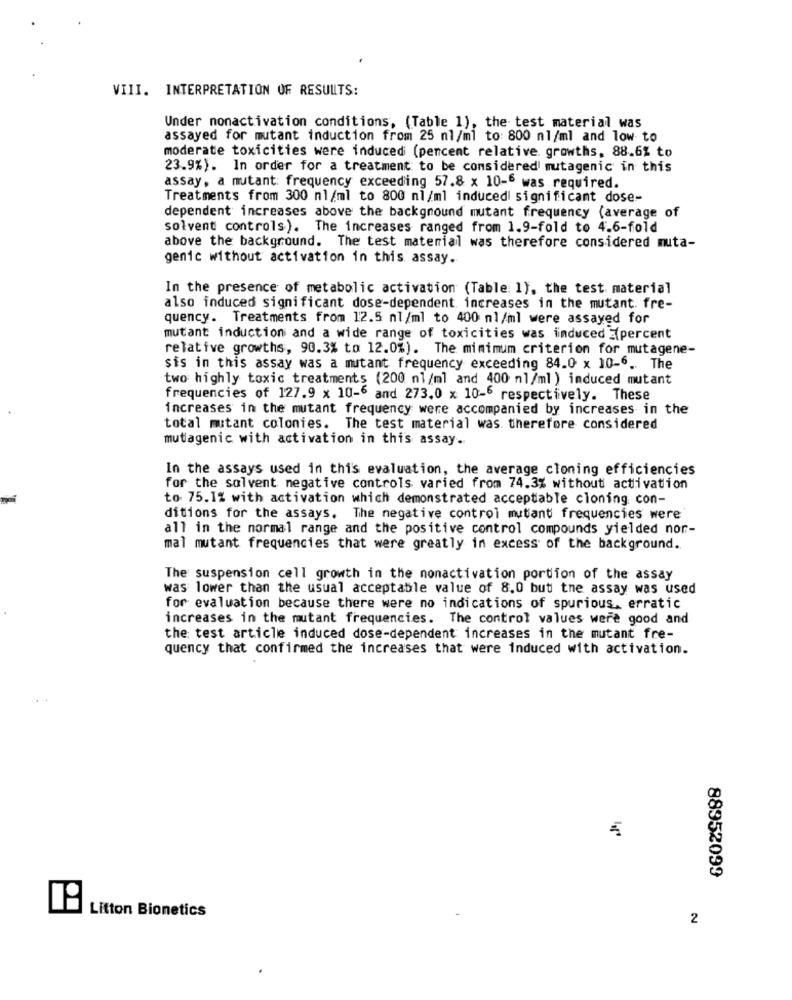
VIII. INTERPRETATION OF RESULTS:
Under nonactivation conditions, (Table 1), the test material was
assayed for mutant induction from 25 nl/ml to: 800 nl/ml and low to
moderate toxicities were induced (percent relative. growths, 88.6% to
23.9%). In order for a treatment to be considered mutagenic in this
assay, a mutant; frequency exceeding 57.8 x 10- was required.
Treatments from 300 nl/ml to 800 nl/ml induced significant dose-
dependent increases above the background mutant frequency (average of
solvent controls). The increases ranged from 1.9-fold to 4.6-fold
above the background. The test material was therefore considered muta-
genic without activation in this assay.
In the presence of metabolic activation (Table: 1), the test material
also induced significant dose-dependent increases in the mutant. fre-
quency. Treatments from 12.5 nl/ml to 400 nl/ml were assayed for
mutant induction and a wide range of toxicities was induced E(percent
relative growths, 90.3% to 12.0%). The minimum criterion for mutagene-
sis in this assay was a mutant frequency exceeding 84.0 x 10-6. The
two highly toxic treatments (200 nl/ml and 400 nl/ml ) induced mutant
frequencies of 127.9 x 10-6 and 273.0 x 10-6 respectively. These
increases in the mutant frequency were accompanied by increases in the
total mutant colonies. The test material was therefore considered
mutagenic with activation in this assay.
In the assays used in this evaluation, the average cloning efficiencies
for the solvent negative controls varied from 74.3% without activation
-
to 75.1% with activation which demonstrated acceptable cloning con-
ditions for the assays. The negative control mutant frequencies were
all in the normal range and the positive control compounds yielded nor-
mal mutant frequencies that were greatly in excess of the background.
The suspension cell growth in the nonactivation portion of the assay
was lower than the usual acceptable value of 8.0 but the assay was used
for evaluation because there were no indications of spurious. erratic
increases in the mutant frequencies. The control values were good and
the test article induced dose-dependent increases in the mutant fre-
quency that confirmed the increases that were induced with activation.
88952099
Litton Bionetics
2